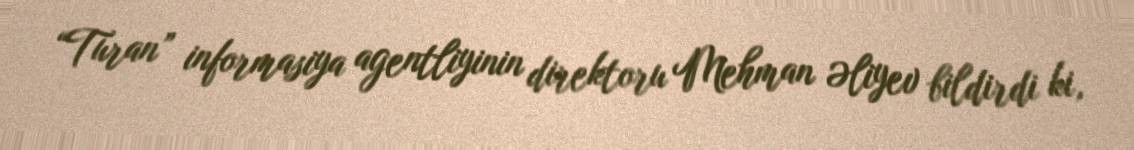
“Turan” informasiya agentliyinin direktoru Mehman Əliyev bildirdi ki,